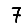
Digit: 7